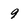
Character: 9